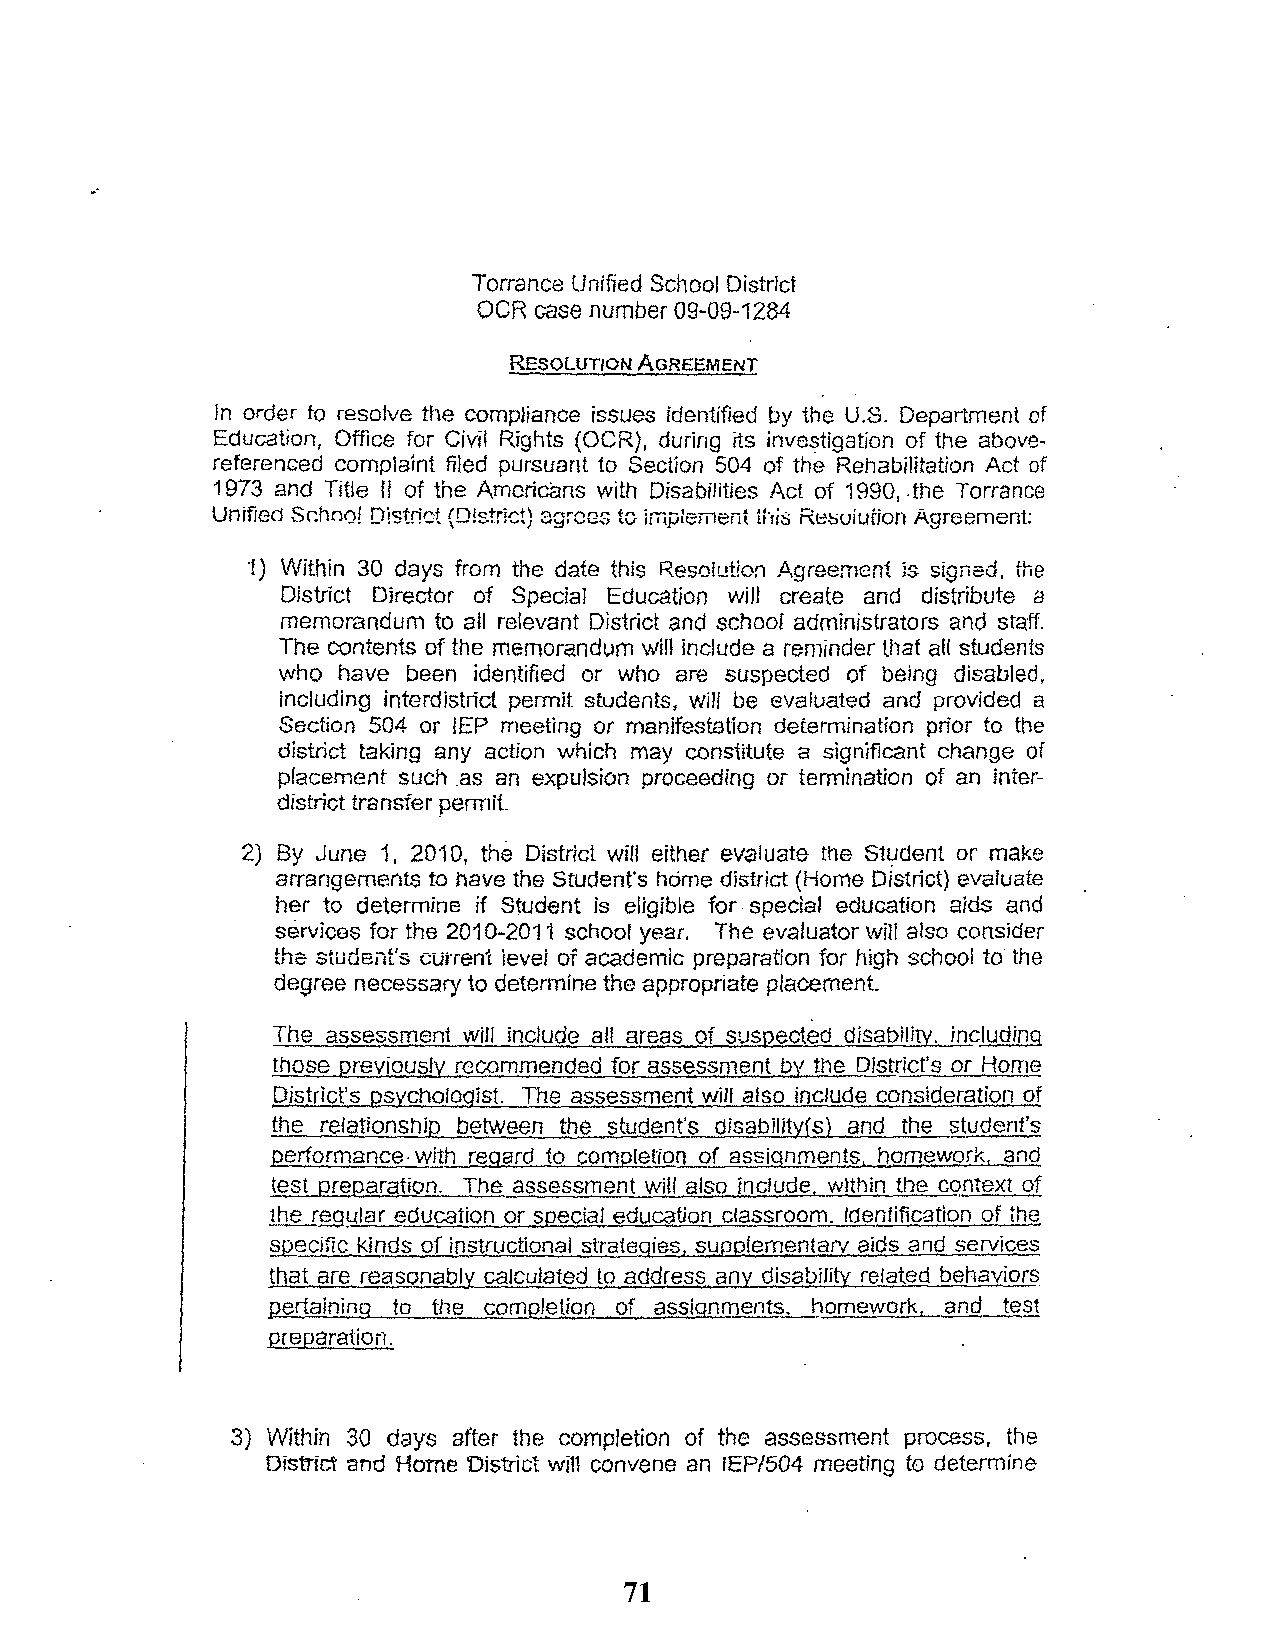
Torrance Unified School District
 OCR case number 09-09-1284
 RESOLUTION AGREEMENT
 In order to resolve the compliance issues identified by the U.S. Department of
 Education, Office for Civil Rights (OCR), during its investigation of the above
 referenced complaint filed pursuant to Section 504 of the Rehabilitation Act of
 1973 and Title II of the Americans with Disabilities Act of 1990, .the Torrance
 Unified Sr.ho0! Distriot (D!s.trict) 3grCGS to implement [hit; Re.suiurion Agreement
 1) Within 30 days from the date this Reso!ution .i1,greernent is signed, the
 District Director of SpeciaJ Education will create and distribute a
 memorandum to all relevant District and school administrators and staff.
 The contents of the memorandum will include a reminder that all students
 who have been identified or who are suspected of being disabled,
 including interdistrict permit students, will be evaluated and provided a
 Section 504 or IEP meeting or manifestation determination prior to the
 district taking any action which may constitute a significant change of
 placement such .as an expulsion proceeding or termination of an inter
 district transfer permit.
 2) By June 1, 2010, the District wi/! either evaluate the Student or make
 arrangements to have the Student's home district (Home District) evaluate
 her to determine if Student is eligible for special education aids and
 services for the 2010-201 i school year. The evaluator will also consider
 the student's cUi'rent ievei of academic preparation for high school to the
 degree necessary to determine the appropriate placement
 The assessment will include all areas of susQected disability, including
 those previously recommended for assessment by the District's or Horne
 District's Qsychologist. The assessment will also include consideration of
 the relationShip between the student's disabilitYfs) and the student's
 performance· with regard to completion of assignments, homework. and
 test preRaration. The assessment will also include, within the cqntext of
 the r.!2.9! ..{ \ar education or special education classroom .. Identification of the
 §Qecific kinds of instructional strategies, supg!ementarv aids and services
 that are reasonably calculated to address any disability related behaviors
 pertaining to the completion of assignments. homework, and test
 preparation.
 3) Within 30 days after the completion of the assessment process, the
 District and Home 'District will convene an fEP/504 meeting to determine
 71